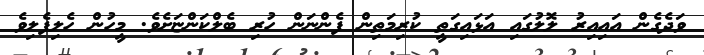
ވަދެގެން އައިއިރު ލޮލުގައި އަޅައިގަތީ ކުރިމަތިން ފެންނަން ހުރި ބެލްކަންޏަށެވެ. މީހުން ހެލިފެލިވެ